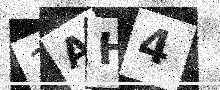
Text: 1AH4